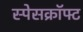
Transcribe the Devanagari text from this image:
स्पेसक्रॉफ्ट